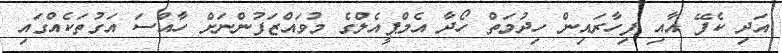
އަދި ކެފޭ އާއި ފިހާރައިން ހިދުމަތް ހޯދާ އެމްޕީއެލްގެ މުވައްޒަފުންނަށް ހާއްސަ އަގުތަކެއްގައި